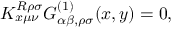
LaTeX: K _ { x \mu \nu } ^ { R \rho \sigma } G _ { \alpha \beta , \rho \sigma } ^ { ( 1 ) } ( x , y ) = 0 ,